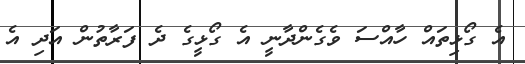
އެ ގޯޅިތައް ހާއްސަ ވެގެންދާނީ އެ ގޯޅީގެ ދެ ފަރާތުން އަދި އެ